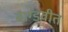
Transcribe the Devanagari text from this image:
बाग्डवीत